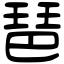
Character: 琶